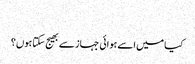
‬
‫کیا میں اسے ہوائی جہاز سے بھیج سکتا ہوں؟